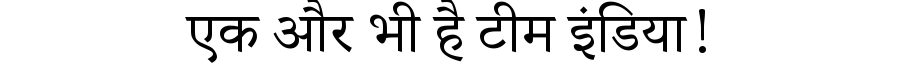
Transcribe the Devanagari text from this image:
एक और भी है टीम इंडिया!